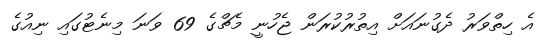
އެ ހިތްވަރު ދެގުނައަށް އިތުރުކުރަން ޖެހުނީ މެޗްގެ 69 ވަނަ މިނެޓުގައި ނިއުގެ